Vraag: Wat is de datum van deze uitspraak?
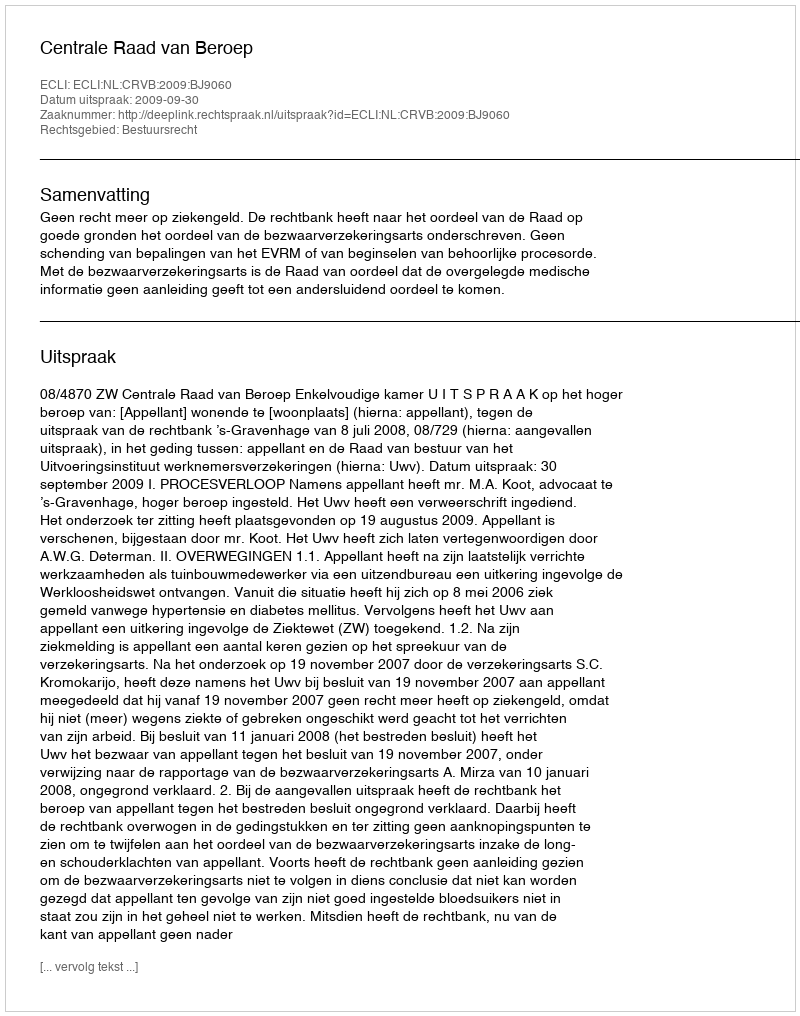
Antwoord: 2009-09-30